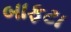
બાફટા